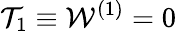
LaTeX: \mathcal{T}_{1}\equiv\mathcal{W}^{(1)}=0